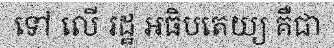
ទៅ លើ រដ្ឋ អធិបតេយ្យ គឺជា